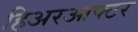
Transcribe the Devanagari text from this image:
हिअरआफ्टर